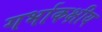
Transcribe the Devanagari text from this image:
गर्भाकक्षीय